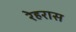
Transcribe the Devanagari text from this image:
रेहरास